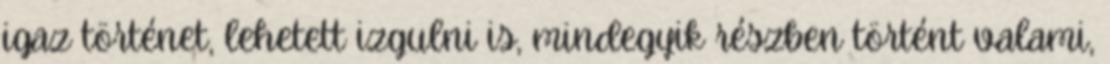
igaz történet, lehetett izgulni is, mindegyik részben történt valami,